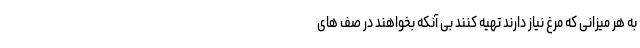
به هر میزانی که مرغ نیاز دارند تهیه کنند بی آنکه بخواهند در صف های